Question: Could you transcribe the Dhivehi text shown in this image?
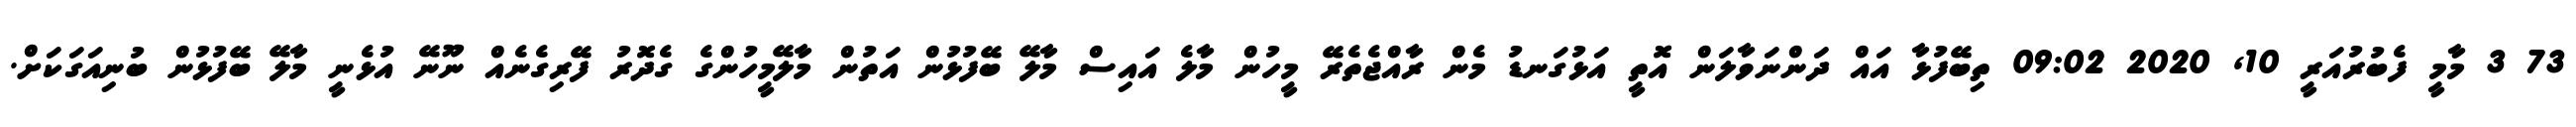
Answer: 73 3 މާމީ ފެބުރުއަރީ 10, 2020 09:02 ތިބޭފުޅާ އައް ދަންނަވާލަން އޮތީ އަޅުގަނޑު މެން ރާއްޖެތެރޭ މީހުން މާލެ އައިސް މާލޭ ބޭފުޅުން އަތުން މާލޭމީހުންގެ ގެދޮރު ފޭރިގެނެއް ނޫނޭ އުޅެނީ މާލޭ ބޭފުޅުން ބުނިއަގަކަށް.